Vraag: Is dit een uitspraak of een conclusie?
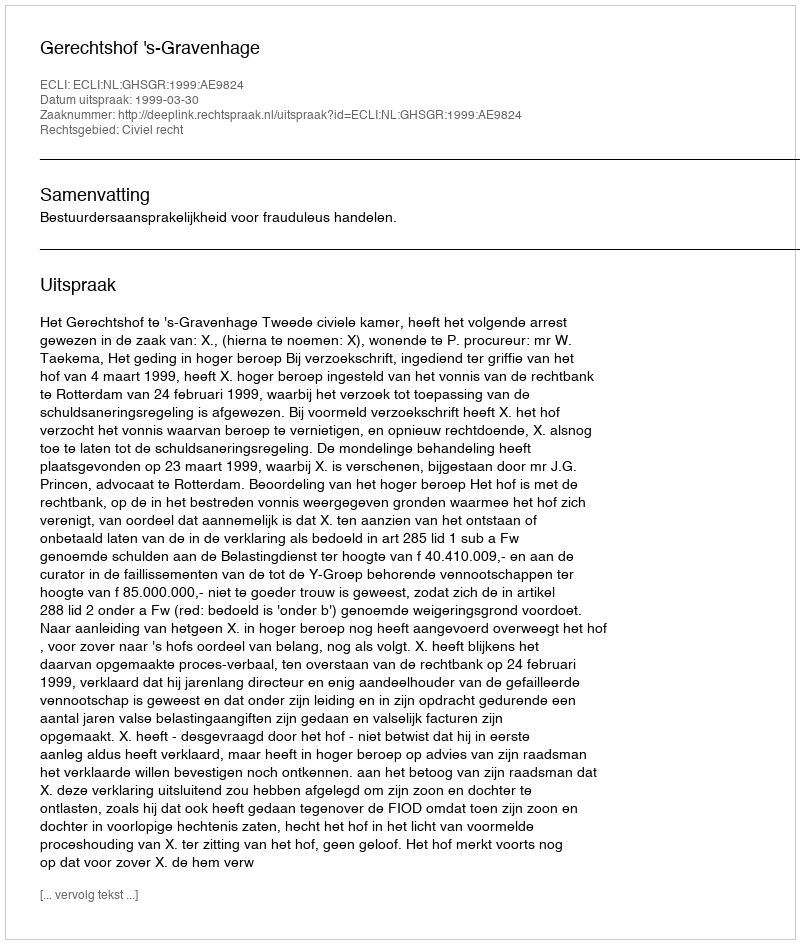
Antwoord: Uitspraak